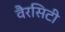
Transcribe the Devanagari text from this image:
वैरसिटी